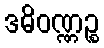
ဒဓိဝဏ္ဏဉ္စ